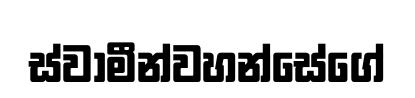
ස්වාමීන්වහන්සේගේ